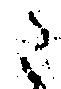
こ